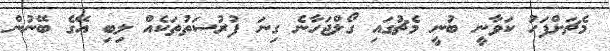
މެޗަށްފަހު ކަވާނީ ބުނީ މެޗުގައި ގޯލްޖަހާނެ ގިނަ ފުރުސަތުތަކެއް ލިބި އޭގެ ބޭނުން